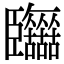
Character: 𦣷